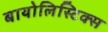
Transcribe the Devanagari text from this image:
बायोलिस्टिक्स